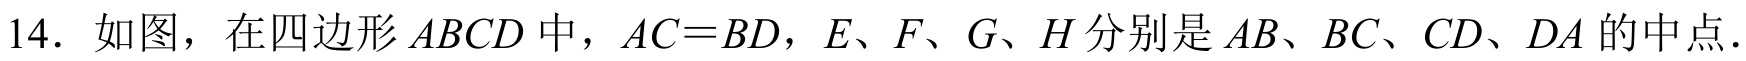
14. 如图，在四边形 \(ABCD\) 中，\(AC = BD\)，\(E\)、\(F\)、\(G\)、\(H\) 分别是 \(AB\)、\(BC\)、\(CD\)、\(DA\) 的中点.